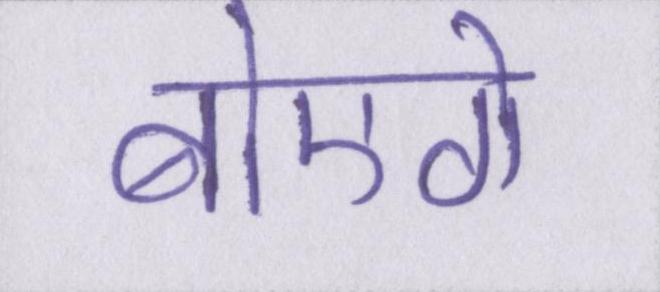
बोएगे